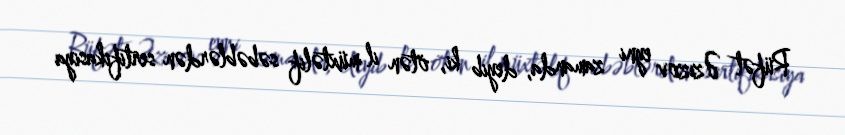
Rüfət Əzizov eyni zamanda, deyib ki, ötən il müxtəlif səbəblərdən sertifikasiya